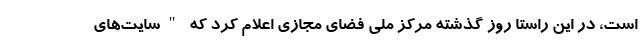
است، در این راستا روز گذشته مرکز ملی فضای مجازی اعلام کرد که "سایت‌های